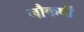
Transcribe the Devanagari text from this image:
नौकर्षी